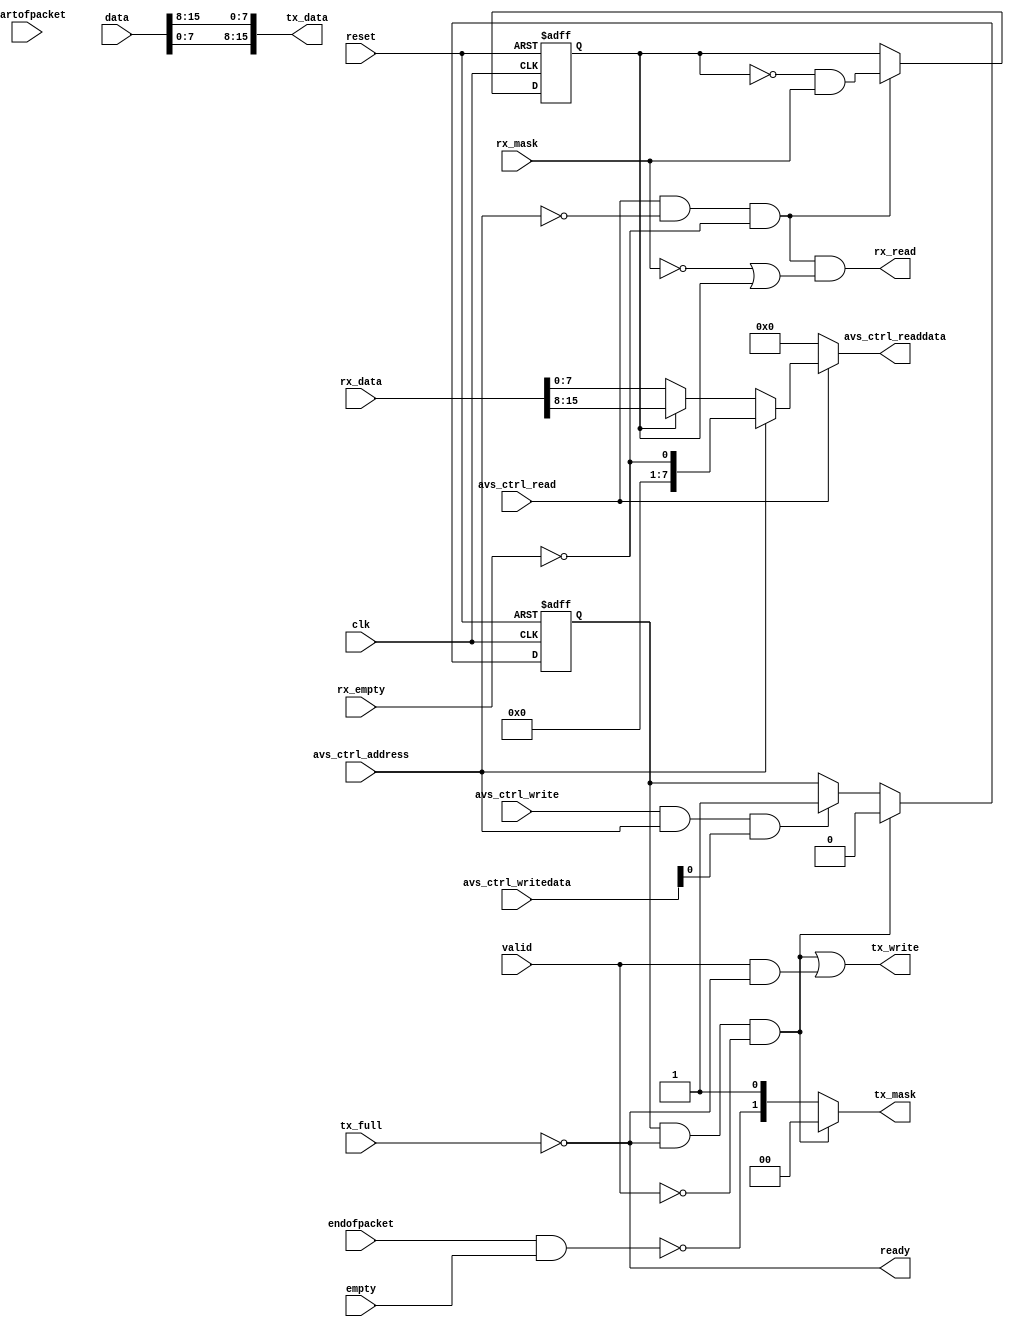
module usb_avalon_16bit
(
	input clk,
	input reset,

	// avs_ctrl
	input avs_ctrl_address,
	input avs_ctrl_write,
	input [7:0]avs_ctrl_writedata,
	input avs_ctrl_read,
	output [7:0]avs_ctrl_readdata,

	// asi_uplink
	output ready,
	input valid,
	input [15:0]data,
	input startofpacket,
	input endofpacket,
	input empty,
	
	// tx fifo interface
	output tx_write,
	output [15:0]tx_data,
	output [1:0]tx_mask,
	input  tx_full,

	// rx fifo interface
	output rx_read,
	input  [15:0]rx_data,
	input  rx_mask,
	input  rx_empty
);

  // === avs_ctrl ===========================================================

	wire [7:0]readdata_fifo;
	wire [7:0]status = { 7'b0000000, !rx_empty };
	wire si_request; // request for send immediate

	assign si_request = avs_ctrl_write && avs_ctrl_address && avs_ctrl_writedata[0];
	assign avs_ctrl_readdata = avs_ctrl_read ?
		(avs_ctrl_address ? status : readdata_fifo) : 8'd0;

	// --- data register
	reg rx_upper;
	assign readdata_fifo = rx_upper ? rx_data[15:8] : rx_data[7:0];
	assign rx_read = avs_ctrl_read && !avs_ctrl_address && !rx_empty && (!rx_mask || rx_upper);
	
	always @(posedge clk or posedge reset)
	begin
		if (reset) rx_upper <= 0;
		else if (avs_ctrl_read && !avs_ctrl_address && !rx_empty)
			rx_upper <= !rx_upper && rx_mask;
	end


	// === asi_uplink =========================================================

	assign ready  = !tx_full;
	wire tx_empty = endofpacket && empty;
	wire tx_write_dat = valid && ready;

	reg si; // send immediate request received
	wire si_send = si && ready && !valid;
	always @(posedge clk or posedge reset)
	begin
		if (reset) si <= 0;
		else if (si_send)    si <= 0;
		else if (si_request) si <= 1;
	end

	assign tx_data = {data[7:0], data[15:8]};
	assign tx_mask = si_send ? 2'b00 : {!tx_empty, 1'b1};
	assign tx_write = si_send || tx_write_dat;

endmodule